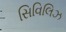
સિવિલિઝ